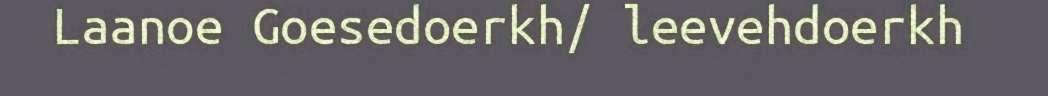
Laanoe Goesedoerkh/ leevehdoerkh